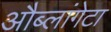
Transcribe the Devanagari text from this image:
औब्लांगेटा